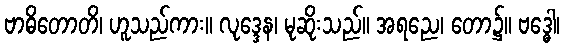
ဗာဓိတောတိ၊ ဟူသည်ကား။ လုဒ္ဒေန၊ မုဆိုးသည်။ အရညေ၊ တော၌။ ဗဒ္ဓေါ၊